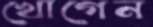
খোগেন